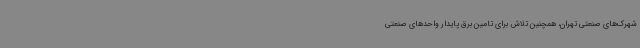
شهرک‌های صنعتی تهران، همچنین تلاش برای تامین برق پایدار واحدهای صنعتی